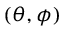
( \theta , \phi )